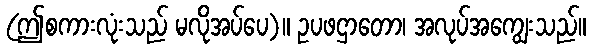
(ဤစကားလုံးသည် မလိုအပ်ပေ)။ ဥပဖဌာတော၊ အလုပ်အကျွေးသည်။